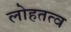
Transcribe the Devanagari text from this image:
लोहतत्व